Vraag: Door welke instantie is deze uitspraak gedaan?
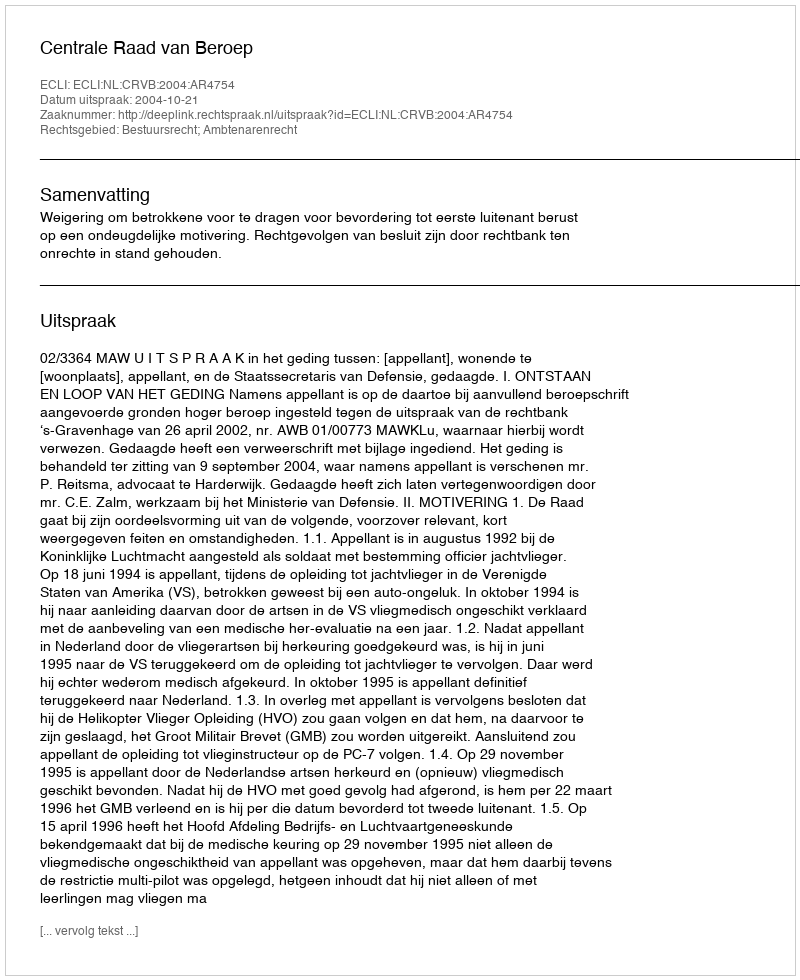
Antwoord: Centrale Raad van Beroep